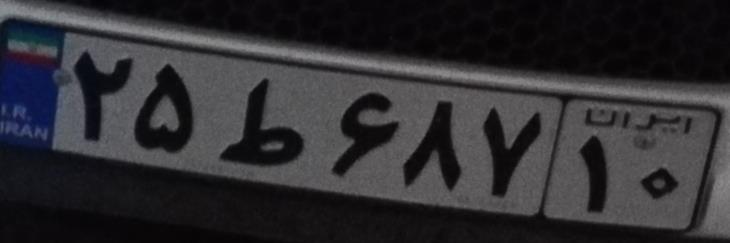
۲۵ط۶۸۷۱۰